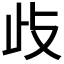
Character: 𭭛